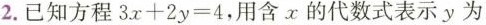
2.已知方程$$3 x + 2 y = 4$$，用含x的代数式表示y为